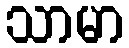
သာမာ